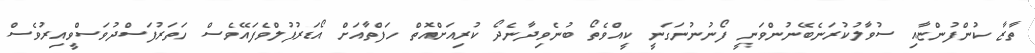
ތާޒާ ކުންފުންޏާއި ސުވާލުކުރަނެބޭނުންވަނީ ފޯނުނުނަގަނީ ކީއްވެތޯ ބުނެވިދާނެދޯ ކުރިއަށްއޮތް ހަފްތާއަށް އޯޑަރުފުލްވެފައޭވެސް ހަތަރުފަސްދުވަސްވީއިރުވެސް